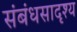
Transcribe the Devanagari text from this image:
संबंधसादृश्य